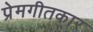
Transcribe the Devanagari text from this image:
प्रेमगीतकार